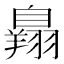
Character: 𦤥